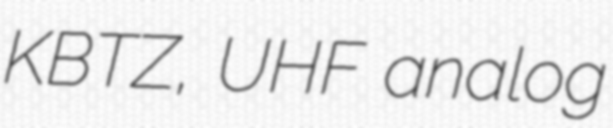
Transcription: KBTZ, UHF analog